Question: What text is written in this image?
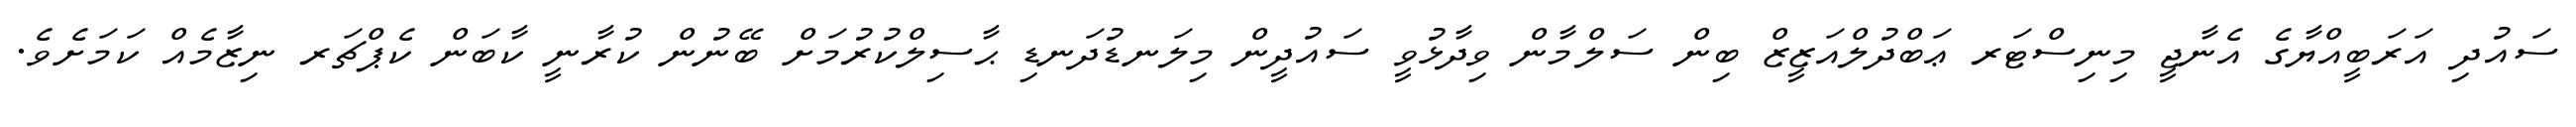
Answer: ސައުދި އަރަބީއްޔާގެ އެނާޖީ މިނިސްޓަރ ޢަބްދުލްއަޒީޒް ބިން ސަލްމާން ވިދާޅުވީ ސައުދީން މިލަނޑުދަނޑި ޙާސިލްކުރުމަށް ބޭނުން ކުރާނީ ކާބަން ކެޕްޗަރ ނިޒާމެއް ކަމަށެވެ.